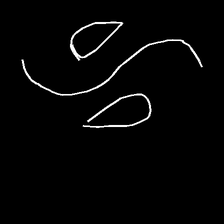
Glyph: water